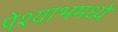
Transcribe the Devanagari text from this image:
पेश्याभमध्ये